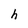
Character: h